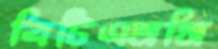
বিটিএমসি